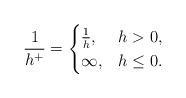
LaTeX: \begin{align*}\frac{1}{h^+}=\begin{cases}\frac{1}{h}, & h>0, \\\infty, & h\le0.\end{cases}\end{align*}